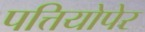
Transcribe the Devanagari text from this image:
पत्तियोपेर